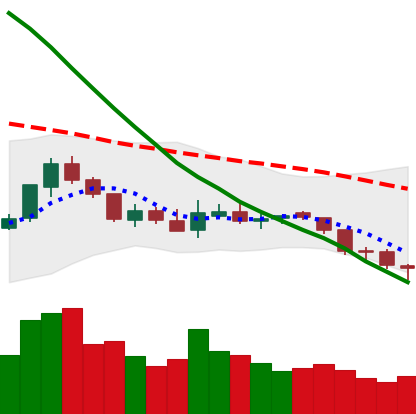
Ticker: NEO-USD
Chart end date: 2018-08-03
Forward return: -22.603%
Label: down_7plus